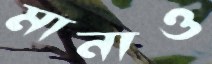
মানাও